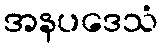
အနပဒေသံ